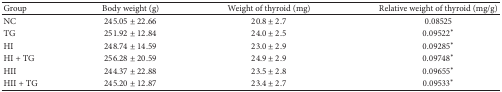
<table><thead><tr><td><b>Group</b></td><td><b>Body weight (g)</b></td><td><b>Weight of thyroid (mg)</b></td><td><b>Relative weight of thyroid (mg/g)</b></td></tr></thead><tbody><tr><td>NC</td><td>245.05 ± 22.66</td><td>20.8 ± 2.7</td><td>0.08525</td></tr><tr><td>TG</td><td>251.92 ± 12.84</td><td>24.0 ± 2.5</td><td>0.09522*</td></tr><tr><td>HI</td><td>248.74 ± 14.59</td><td>23.0 ± 2.9</td><td>0.09285*</td></tr><tr><td>HI+TG</td><td>256.28 ± 20.59</td><td>24.9 ± 2.9</td><td>0.09748*</td></tr><tr><td>HII</td><td>244.37 ± 22.88</td><td>23.5 ± 2.8</td><td>0.09655*</td></tr><tr><td>HII+TG</td><td>245.20 ± 12.87</td><td>23.4 ± 2.7</td><td>0.09533*</td></tr></tbody></table>